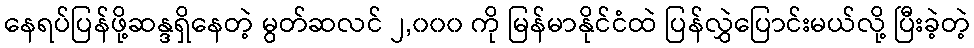
နေရပ်ပြန်ဖို့ဆန္ဒရှိနေတဲ့ မွတ်ဆလင် ၂,၀၀၀ ကို မြန်မာနိုင်ငံထဲ ပြန်လွှဲပြောင်းမယ်လို့ ပြီးခဲ့တဲ့